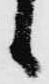
候